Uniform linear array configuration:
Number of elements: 24
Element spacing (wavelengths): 0.75
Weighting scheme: hann
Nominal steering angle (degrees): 60
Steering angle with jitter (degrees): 59.577
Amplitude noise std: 0.05
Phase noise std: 0.05

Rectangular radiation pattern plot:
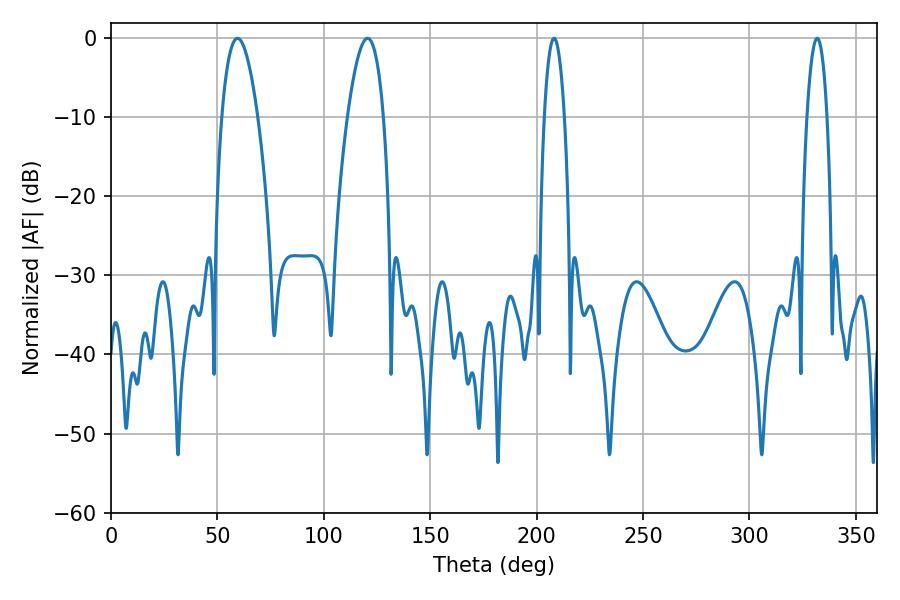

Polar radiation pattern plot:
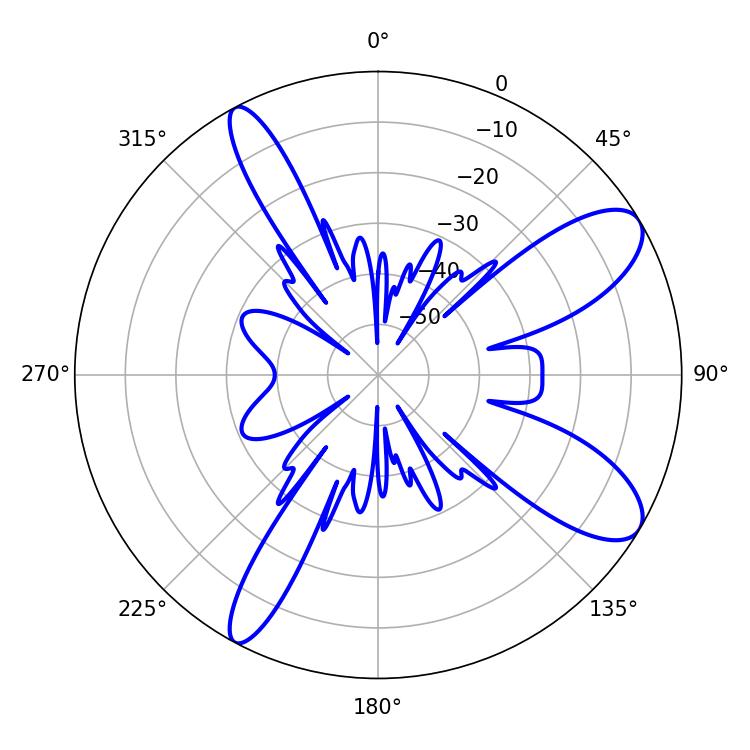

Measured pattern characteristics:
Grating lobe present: TRUE
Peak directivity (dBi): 9.818
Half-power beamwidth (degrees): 9.36
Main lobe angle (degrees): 59.4